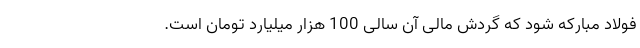
فولاد مبارکه شود که گردش مالی آن سالی 100 هزار میلیارد تومان است.